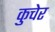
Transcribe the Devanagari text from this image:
कुचेर